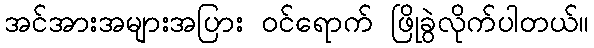
အင်အားအများအပြား ဝင်ရောက် ဖြိုခွဲလိုက်ပါတယ်။